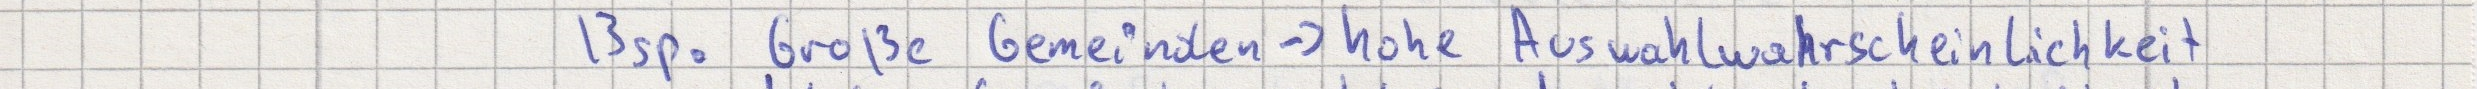
Bsp. Große Gemeinden -> hohe Auswahlwahrscheinlichkeit